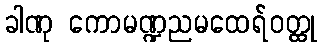
ခါဏု ကောမဏ္ဍညမထေရ်ဝတ္ထု